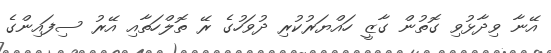
އޭނާ ވިދާޅުވި ގޮތުން ގާޒީ ހައްޔަރުކުރި ދުވަހުގެ ރޭ ތޮލްހަތާއި އޭރު ސިފައިންގެ